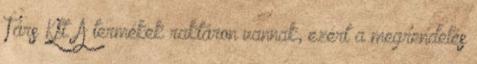
Társ Kft. A termékek raktáron vannak, ezért a megrendelés